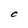
Character: C